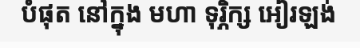
បំផុត នៅក្នុង មហា ទុរ្ភិក្ស អៀរឡង់